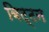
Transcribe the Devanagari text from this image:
बिट्टन